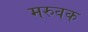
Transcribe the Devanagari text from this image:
मरुवक